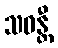
သဝန္တီ